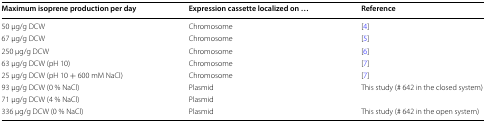
<table><thead><tr><td><b>Maximum isoprene production per day</b></td><td><b>Expression cassette localized on ...</b></td><td><b>Reference</b></td></tr></thead><tbody><tr><td>50 μg/g DCW</td><td>Chromosome</td><td>[4]</td></tr><tr><td>67 μg/g DCW</td><td>Chromosome</td><td>[5]</td></tr><tr><td>250 μg/g DCW</td><td>Chromosome</td><td>[6]</td></tr><tr><td>63 μg/g DCW (pH 10)</td><td>Chromosome</td><td>[7]</td></tr><tr><td>25 μg/g DCW (pH 10 + 600 mM NaCl)</td><td>Chromosome</td><td>[7]</td></tr><tr><td>93 μg/g DCW (0 % NaCl)</td><td>Plasmid</td><td rowspan="2">This study (# 642 in the closed system)</td></tr><tr><td>71 μg/g DCW (4 % NaCl)</td><td>Plasmid</td></tr><tr><td>336 μg/g DCW (0 % NaCl)</td><td>Plasmid</td><td>This study (# 642 in the open system)</td></tr></tbody></table>